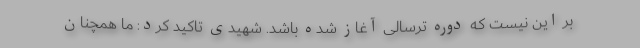
بر این نیست که دوره ترسالی آغاز شده باشد. شهیدی تاکید کرد: ما همچنان